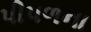
પીપળના